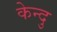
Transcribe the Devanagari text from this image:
केन्दु